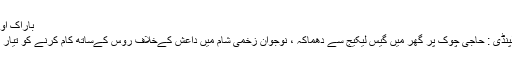
باراک اوباما
راولپنڈی : حاجی چوک پر گھر میں گیس لیکیج سے دھماکہ ، نوجوان زخمی شام میں داعش کےخلاف روس کےساتھ کام کرنے کو تیار ہیں۔